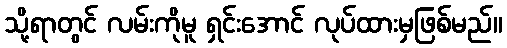
သို့ရာတွင် လမ်းကိုမူ ရှင်းအောင် လုပ်ထားမှဖြစ်မည်။